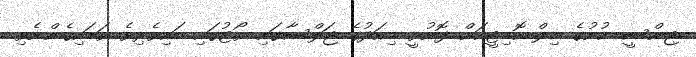
ޖިންސީ ކުށުގެ ބިލް ކޮމިޓީއަށް ފޮނުވީ މިއަދުގެ ޖަލްސާގައި ވޯޓުގައި ބައިވެރިވެ ވަޑައިގެންނެވި